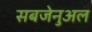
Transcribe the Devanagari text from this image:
सबजेनुअल